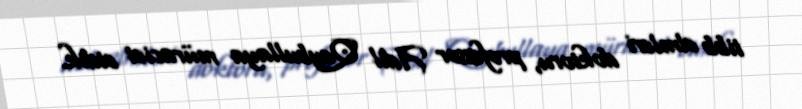
tibb elmləri doktoru, professor Adil Qeybullaya müraciət etdik.